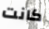
كانت